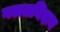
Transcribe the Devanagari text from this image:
गलतनिदान